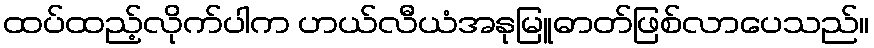
ထပ်ထည့်လိုက်ပါက ဟယ်လီယံအနုမြူဓာတ်ဖြစ်လာပေသည်။